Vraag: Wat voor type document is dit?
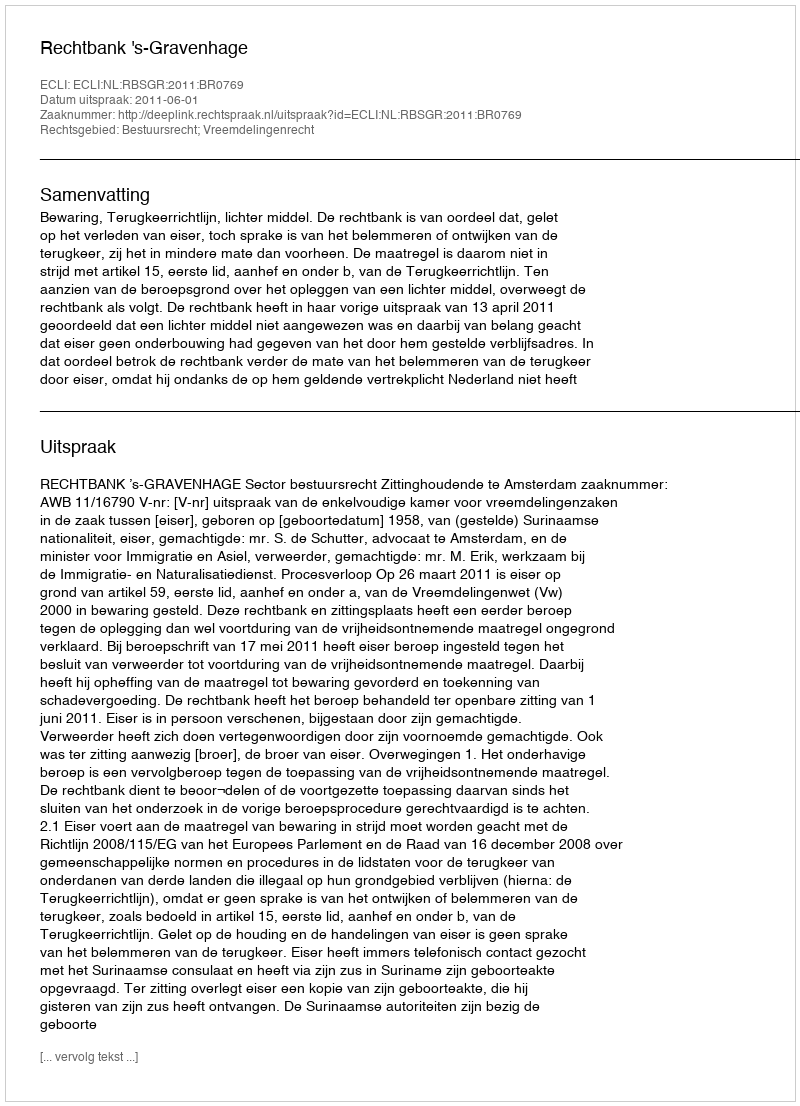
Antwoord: Uitspraak